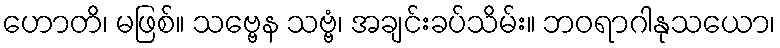
ဟောတိ၊ မဖြစ်။ သဗ္ဗေန သဗ္ဗံ၊ အချင်းခပ်သိမ်း။ ဘဝရာဂါနုသယော၊